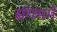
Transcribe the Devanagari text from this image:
संगममें